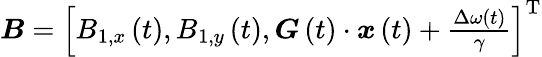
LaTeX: \begin{array}{r}{\boldsymbol{B}=\left[B_{1,x}\left(t\right),B_{1,y}\left(t\right),\boldsymbol{G}\left(t\right)\cdot\boldsymbol{x}\left(t\right)+\frac{\Delta\omega(t)}{\gamma}\right]^{\mathrm{T}}}\end{array}